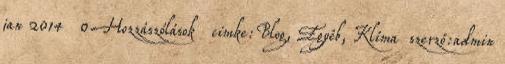
jan 2014 0 Hozzászólások cimke:Blog, Egyéb, Klíma szerző:admin